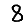
Digit: 8